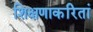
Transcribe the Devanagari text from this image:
शिक्षणाकरितां